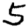
Digit: 5